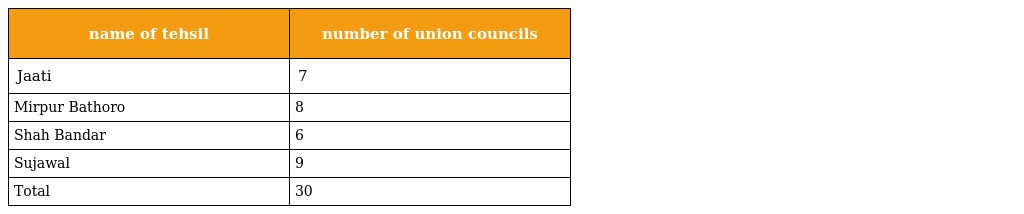
| name of tehsil | number of union councils |
 | --- | --- |
 | Jaati | 7 |
 | Mirpur Bathoro | 8 |
 | Shah Bandar | 6 |
 | Sujawal | 9 |
 | Total | 30 |